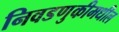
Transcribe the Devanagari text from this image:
निवडणुकीमधील